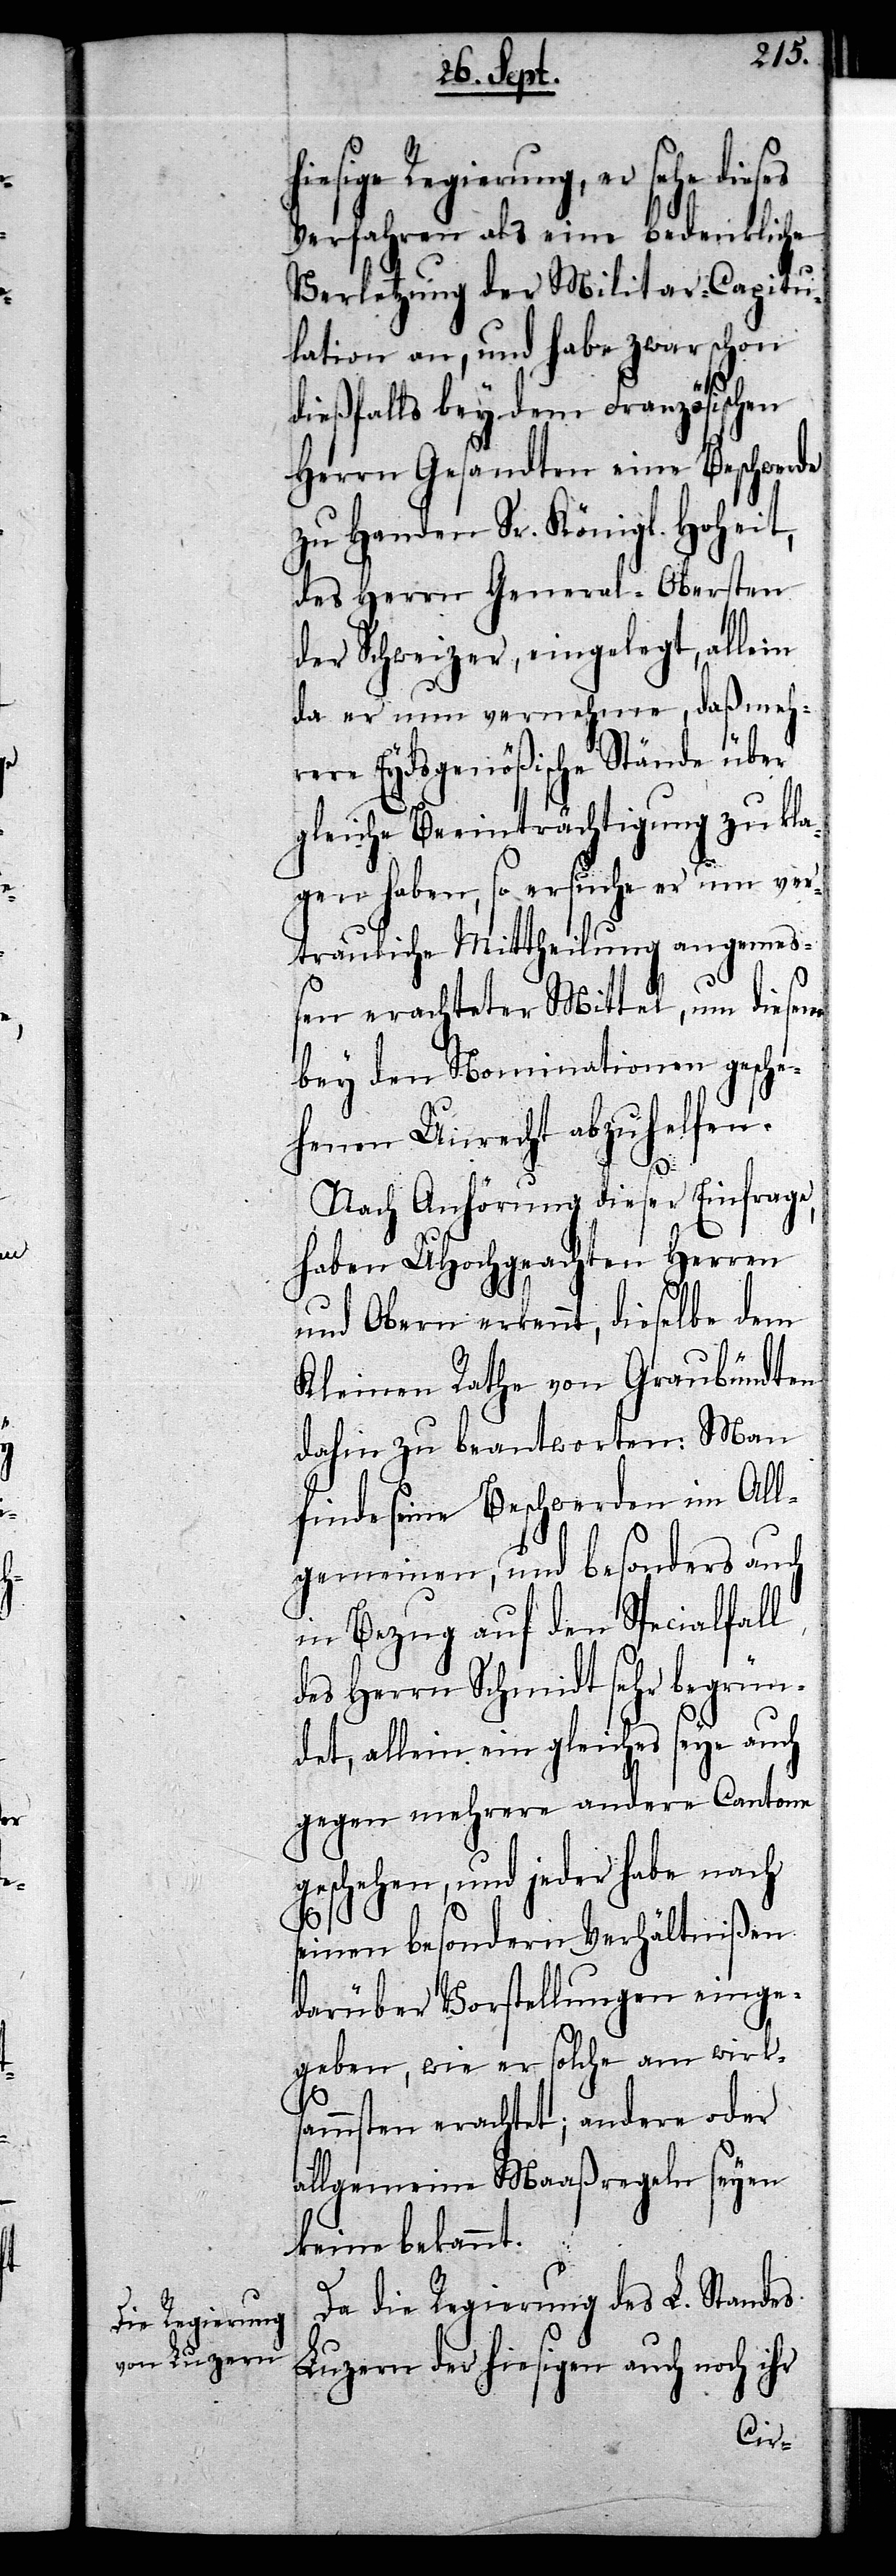
sige Regierung, er sehe
Verfahren als eine bedenkliche
Verletzung der Militar-Capitu¬
lation an, und habe zwar schon
dießfalls bey dem Französischen
Herrn Gesandten eine Beschwerde
zu Handen Sr. Königl. Hoheit,
des Herrn General-Obersten
der Schweizer, eingelegt, allein
da er nun vernehme, daß meh¬
rere Eydsgenößische Stände über
gleiche Beeinträchtigung zu kla¬
gen haben, so ersuche er um ver¬
trauliche Mittheilung an angemeß¬
en erachteten Mittel, um diesem
bey den Nominationen gesche¬
henen Unrecht abzuhelfen.
Nach Anhörung dieser Einfrage,
haben UHochgeachten Herren
und Obern erkennt, dieselbe dem
Kleinen Rathe von Graubündten
dahin zu beantworten: Man
finde seine Beschwerde im All¬
gemeinen, und besonders auch
in Bezug auf den Specialfall
des Herrn Schmidt sehr begrün¬
det, allein ein gleiches seye auch
gegen mehrere andere Cantone
geschehen, und jeder habe nach
seinen besondern Verhältnißen
darüber Vorstellungen einzu¬
geben, wie er solche am wirk¬
sammsten erachtet; andere oder
allgemeine Maaßregeln seyen
keine bekannt.
Da die Regierung des L. Standes
Luzern der hiesigen auch noch ihr
hie¬